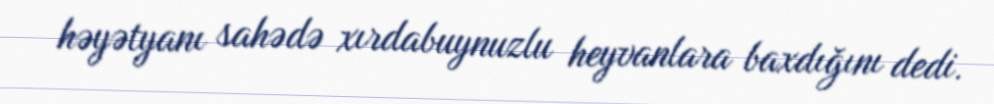
həyətyanı sahədə xırdabuynuzlu heyvanlara baxdığını dedi.